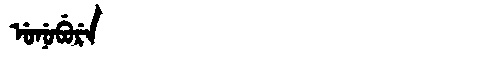
Manchu: ᡠᠨᡠᠪᡠᡵᡝ
Romanization: UNUBURE